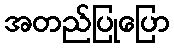
အတည်ပြုပြော